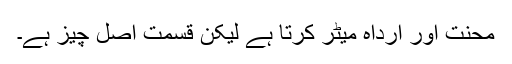
محنت اور ارداہ میٹر کرتا ہے لیکن قسمت اصل چیز ہے۔